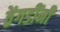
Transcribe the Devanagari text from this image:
ठेंगडींनी